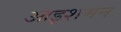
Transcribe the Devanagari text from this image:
आइशमन